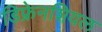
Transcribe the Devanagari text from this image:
डिफ्रेनशियल